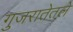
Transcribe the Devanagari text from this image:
गुजरातेतले